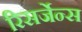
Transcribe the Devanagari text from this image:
रिसर्जेन्स